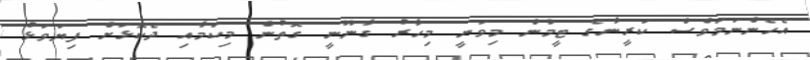
އެހެންނަމަވެސް ކަރީނާގެ ޓީމުން މިވަނީ މިހާރު ގާނޫނީ ގޮތުން މިކަމާއި ދެކޮޅަށް ފިޔަވަޅު